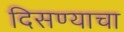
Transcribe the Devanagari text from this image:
दिसण्याचा